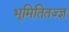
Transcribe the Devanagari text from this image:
भूमितितज्ज्ञ